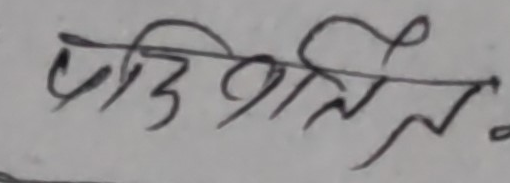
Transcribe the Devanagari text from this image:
परिवर्तित